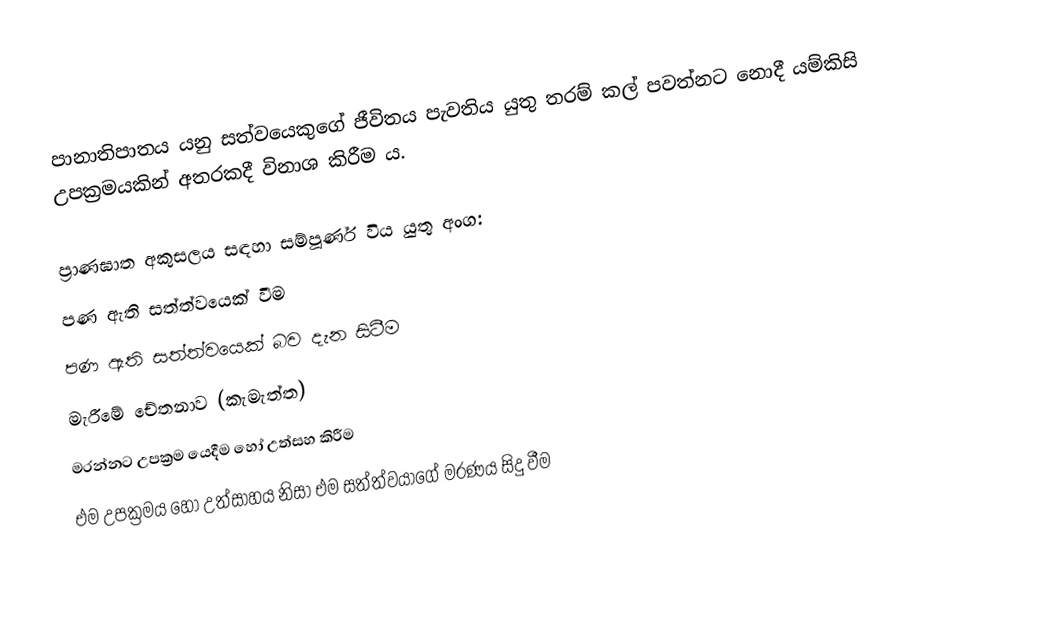
පානාතිපාතය යනු සත්වයෙකුගේ ජීවිතය පැවතිය යුතු තරම් කල් පවත්නට නොදී යම්කිසි උපක්‍රමයකින් අතරකදී විනාශ කිරීම ය. 

ප්‍රාණඝාත අකුසලය සඳහා සම්පූර්ණ විය යුතු අංග:
 පණ ඇති සත්ත්වයෙක් වීම
 පණ ඇති සත්ත්වයෙක් බව දැන සිටීම
 මැරීමේ චේතනාව (කැමැත්ත)
 මරන්නට උපක්‍රම යෙදීම හෝ උත්සහ කිරීම
 එම උපක්‍රමය හෝ උත්සාහය නිසා එම සත්ත්වයාගේ මරණය සිදු වීම